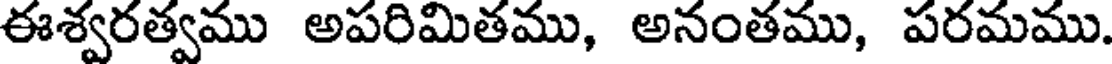
ఈశ్వరత్వము అపరిమితము, అనంతము, పరమము.